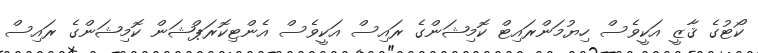
ކޯޓުގެ ޤާޒީ އަކީވެސް ހިޔުމަންރައިޓް ކޮމިޝަންގެ ރައިސް އަކީވެސް އެންޓިކޮރަޕްޝަން ކޮމިޝަންގެ ރައިސް